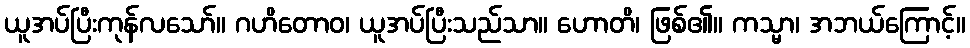
ယူအပ်ပြီးကုန်လသော်။ ဂဟိတောဝ၊ ယူအပ်ပြီးသည်သာ။ ဟောတိ၊ ဖြစ်၏။ ကသ္မာ၊ အဘယ်ကြောင့်။